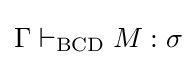
\Gamma \vdash _{\text{BCD}}M:\sigma